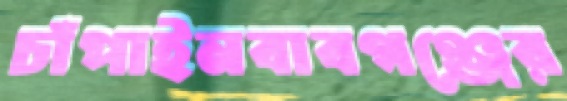
চাঁপাইনবাবগঞ্জের